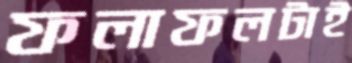
ফলাফলটাই